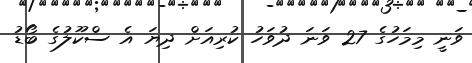
ވަނީ މިމަހުގެ 27 ވަނަ ދުވަހު ކުރިއަށް ދިޔަ އެ ސްކޫލުގެ ބޯޑު